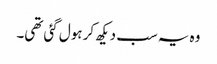
وہ یہ سب دیکھ کر ہول گئی تھی۔